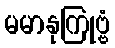
မမာနုကြုဗ္ဗံ